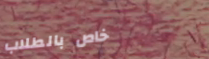
خاص بالطلاب